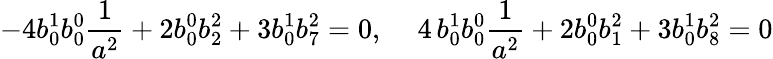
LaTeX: -4b_{0}^{1}b_{0}^{0}{\frac 1{a^{2}}}+2b_{0}^{0}b_{2}^{2}+3b_{0}^{1}b_{7}^{2}=0,\, \, \, \, \, \, \, 4\, b_{0}^{1}b_{0}^{0}{\frac 1{a^{2}}}+2b_{0}^{0}b_{1}^{2}+3b_{0}^{1}b_{8}^{2}=0